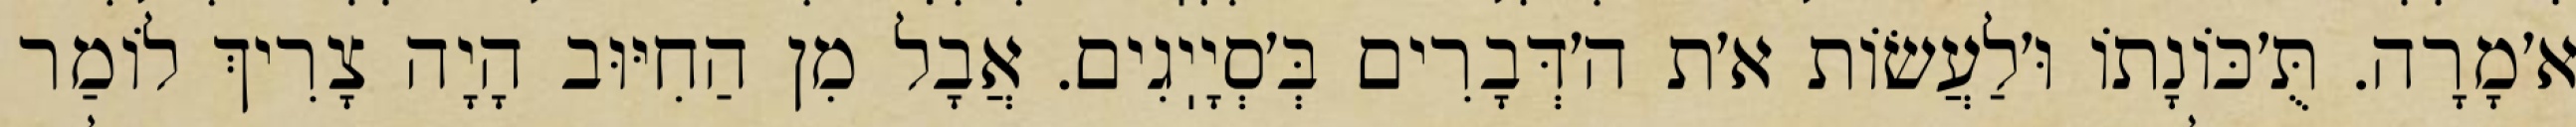
א׳מָרָה. תֻּ׳כּוֹנָתוֹ וּ׳לַעֲשׂוֹת א׳ת ה׳דְּבָרִים בְּ׳סְיָיֽגִים. אֲבָל מִן הַחִיּוּב הָיָה צָרִיךְ לוֹמַר